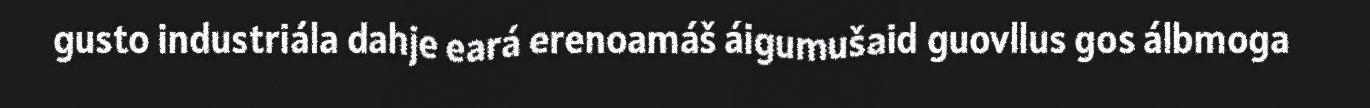
gusto industriála dahje eará erenoamáš áigumušaid guovllus gos álbmoga